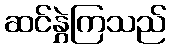
ဆင်နွှဲကြသည်